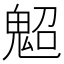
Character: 𩲤